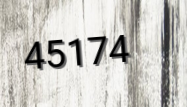
45174